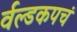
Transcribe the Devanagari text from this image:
र्वल्डकपचं